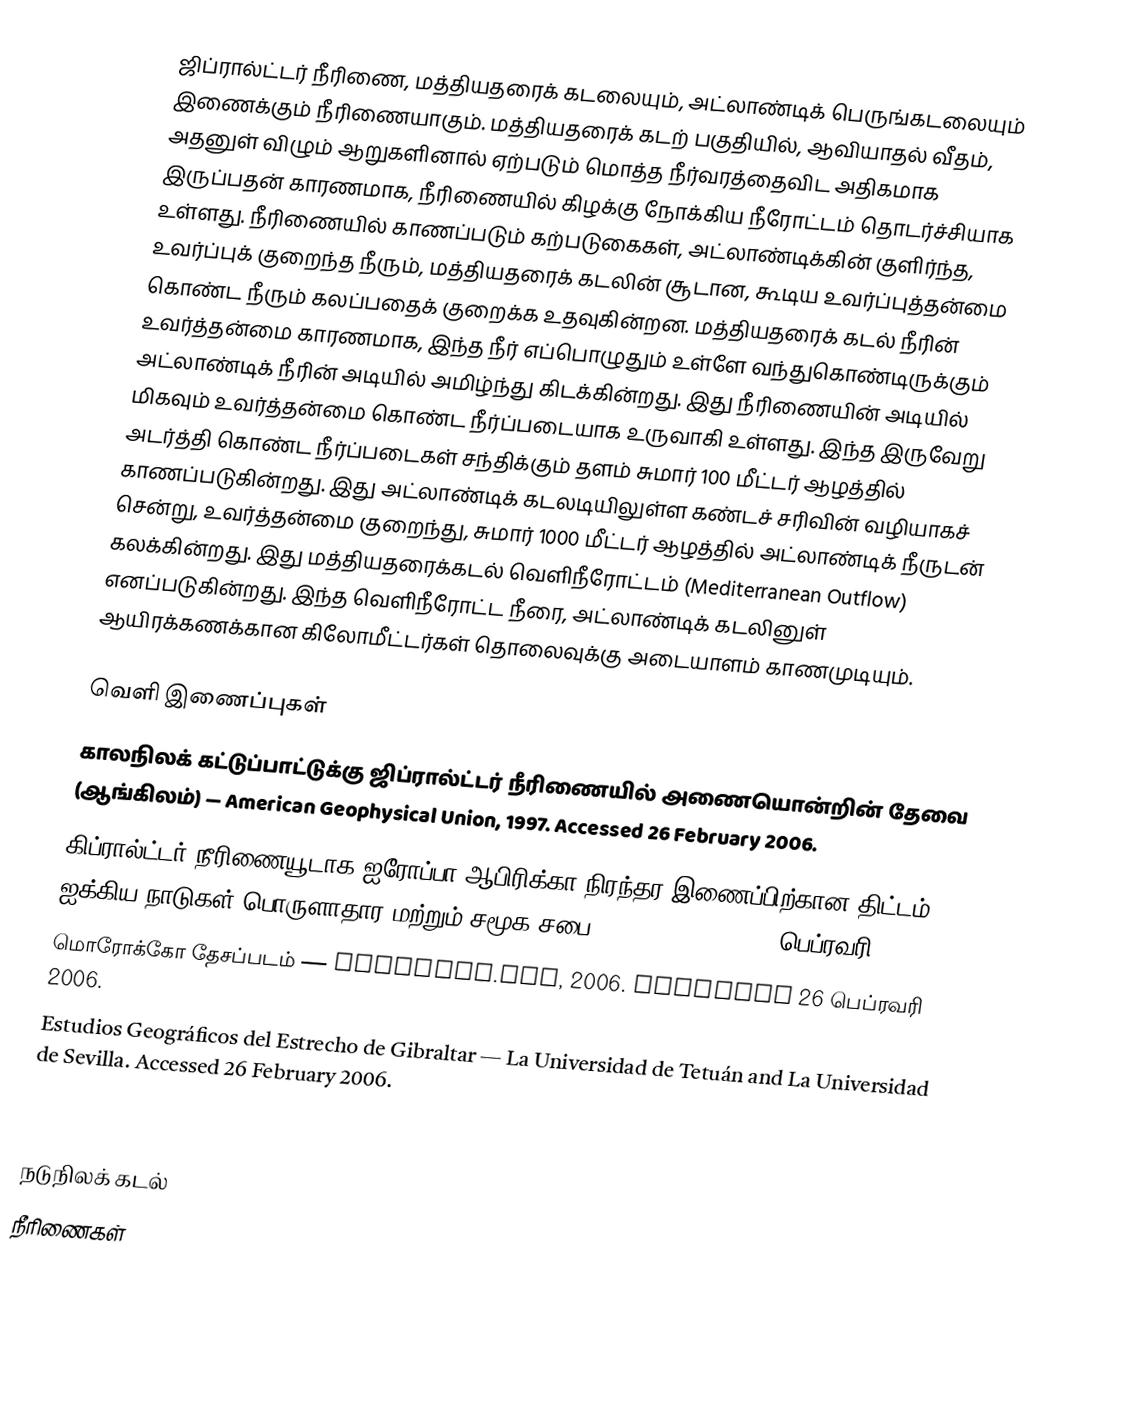
ஜிப்ரால்ட்டர் நீரிணை, மத்தியதரைக் கடலையும், அட்லாண்டிக் பெருங்கடலையும் இணைக்கும் நீரிணையாகும். மத்தியதரைக் கடற் பகுதியில், ஆவியாதல் வீதம், அதனுள் விழும் ஆறுகளினால் ஏற்படும் மொத்த நீர்வரத்தைவிட அதிகமாக இருப்பதன் காரணமாக, நீரிணையில் கிழக்கு நோக்கிய நீரோட்டம் தொடர்ச்சியாக உள்ளது. நீரிணையில் காணப்படும் கற்படுகைகள், அட்லாண்டிக்கின் குளிர்ந்த, உவர்ப்புக் குறைந்த நீரும், மத்தியதரைக் கடலின் சூடான, கூடிய உவர்ப்புத்தன்மை கொண்ட நீரும் கலப்பதைக் குறைக்க உதவுகின்றன. மத்தியதரைக் கடல் நீரின் உவர்த்தன்மை காரணமாக, இந்த நீர் எப்பொழுதும் உள்ளே வந்துகொண்டிருக்கும் அட்லாண்டிக் நீரின் அடியில் அமிழ்ந்து கிடக்கின்றது. இது நீரிணையின் அடியில் மிகவும் உவர்த்தன்மை கொண்ட நீர்ப்படையாக உருவாகி உள்ளது. இந்த இருவேறு அடர்த்தி கொண்ட நீர்ப்படைகள் சந்திக்கும் தளம் சுமார் 100 மீட்டர் ஆழத்தில் காணப்படுகின்றது. இது அட்லாண்டிக் கடலடியிலுள்ள கண்டச் சரிவின் வழியாகச் சென்று, உவர்த்தன்மை குறைந்து, சுமார் 1000 மீட்டர் ஆழத்தில் அட்லாண்டிக் நீருடன் கலக்கின்றது. இது மத்தியதரைக்கடல் வெளிநீரோட்டம் (Mediterranean Outflow) எனப்படுகின்றது. இந்த வெளிநீரோட்ட நீரை, அட்லாண்டிக் கடலினுள் ஆயிரக்கணக்கான கிலோமீட்டர்கள் தொலைவுக்கு அடையாளம் காணமுடியும்.

வெளி இணைப்புகள்
 காலநிலக் கட்டுப்பாட்டுக்கு ஜிப்ரால்ட்டர் நீரிணையில் அணையொன்றின் தேவை (ஆங்கிலம்)  — American Geophysical Union, 1997. Accessed 26 February 2006.
 கிப்ரால்ட்டர் நீரிணையூடாக ஐரோப்பா-ஆபிரிக்கா நிரந்தர இணைப்பிற்கான திட்டம் — ஐக்கிய நாடுகள் பொருளாதார மற்றும் சமூக சபைl, 2001. Accessed 26 பெப்ரவரி 2006.
 மொரோக்கோ தேசப்படம் — Multimap.com, 2006. Accessed 26 பெப்ரவரி 2006.
  Estudios Geográficos del Estrecho de Gibraltar  — La Universidad de Tetuán and La Universidad de Sevilla. Accessed 26 February 2006.

நடுநிலக் கடல்
நீரிணைகள்